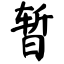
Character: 暂